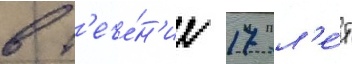
в т'ече́н'ие 17 л'е́т